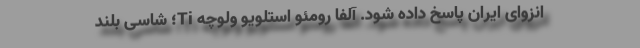
انزوای ایران پاسخ داده شود. آلفا رومئو استلویو ولوچه Ti؛ شاسی بلند